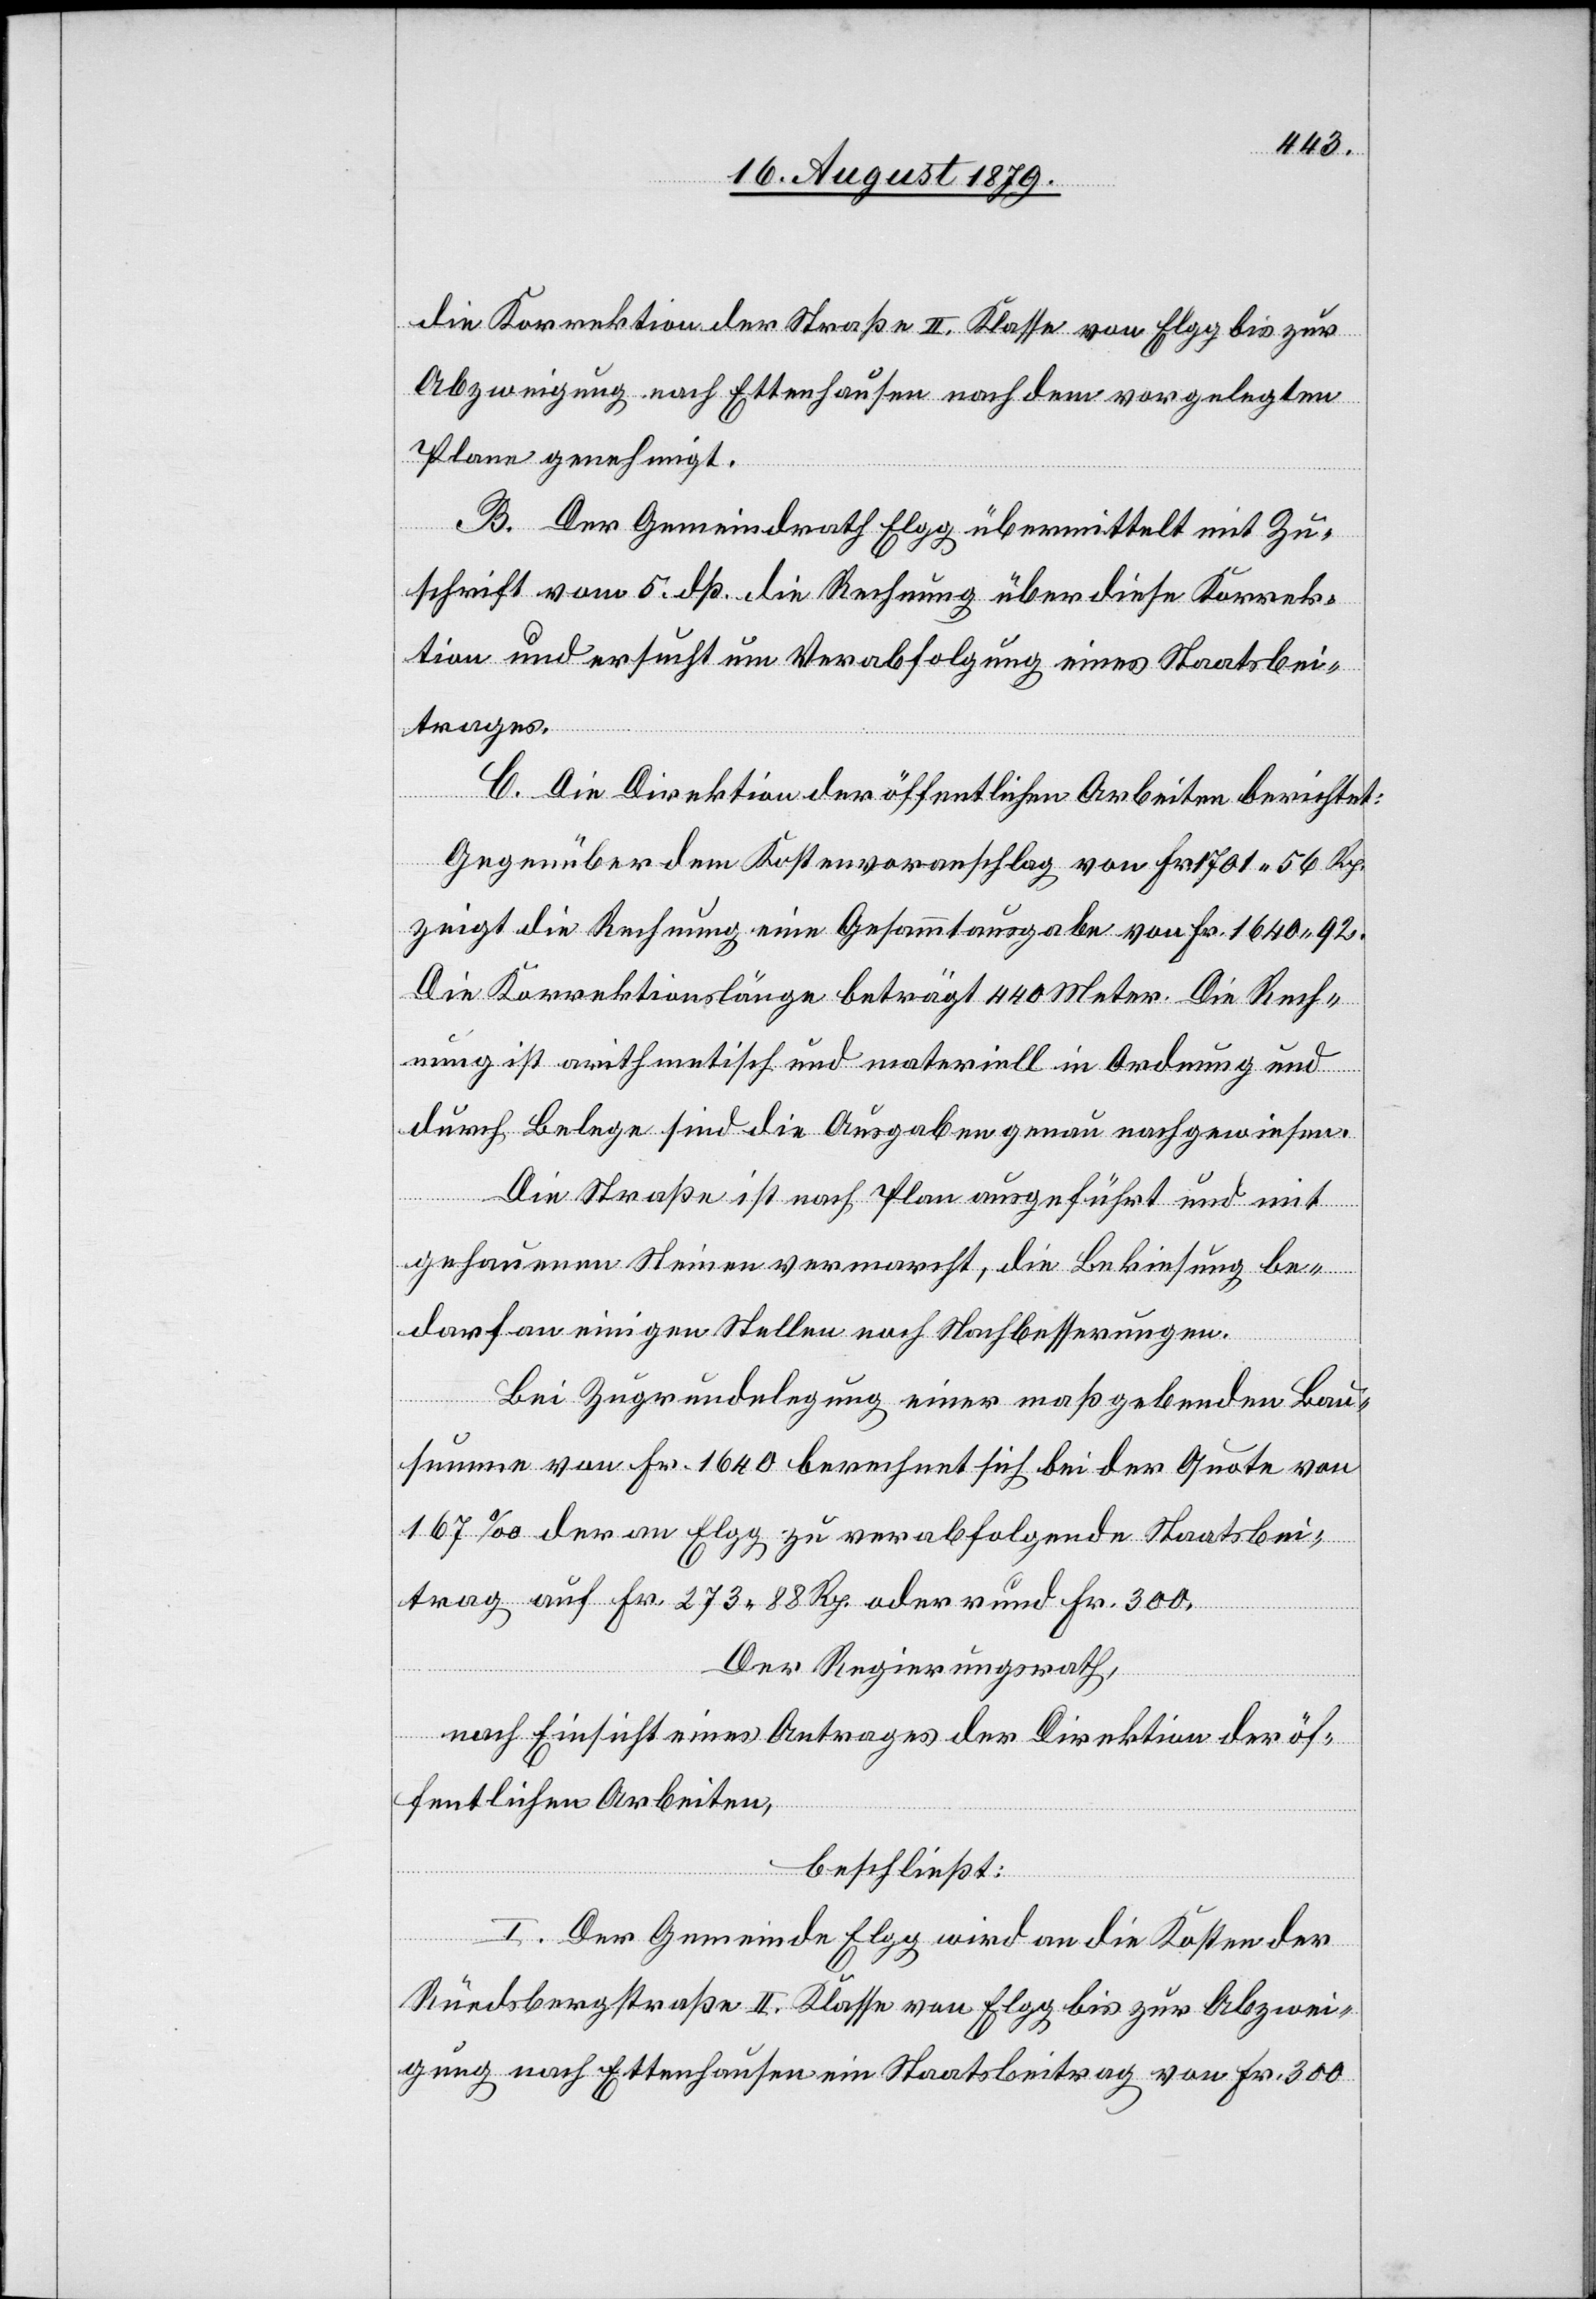
die Korrektion der Straße II. Klasse von Elgg bis zur
Abzweigung nach Ettenhausen nach dem vorgelegten
Plane genehmigt.
B. Der Gemeindrath Elgg übermittelt mit Zu¬
schrift vom 5. dß. die Rechnung über diese Korrek¬
tion und ersucht um Verabfolgung eines Staatsbei¬
trages.
C. Die Direktion der öffentlichen Arbeiten berichtet:
Gegenüber dem Kostenvoranschlag von Fr. 1701 56 Rp.
zeigt die Rechnung eine Gesammtausgabe von Fr. 1640 92.
Die Korrektionslänge beträgt 440 Meter. Die Rech¬
nung ist arithmetisch und materiell in Ordnung und
durch Belege sind die Ausgaben genau nachgewiesen.
Die Straße ist nach Plan ausgeführt und mit
gehauenen Steinen vermarcht, die Bekiesung be¬
darf an einigen Stellen noch Nachbesserungen.
Bei Zugrundelegung einer maßgebenden Bau¬
summe von Fr. 1640 berechnet sich bei der Quote von
167‰ der an Elgg zu verabfolgende Staatsbei¬
trag auf Fr. 273 88 Rp. oder rund Fr. 300.
Der Regierungsrath,
nach Einsicht eines Antrages der Direktion der öf¬
fentlichen Arbeiten,
beschließt:
I. Der Gemeinde Elgg wird an die Kosten der
Rüedsbergstraße II. Klasse von Elgg bis zur Abzwei¬
gung nach Ettenhausen ein Staatsbeitrag von Fr. 300